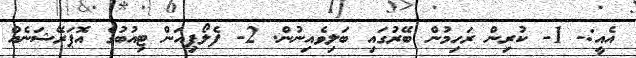
އެއީ:- 1- ކުރިން ރަހިމުން ބޭރުގައި ބަލިވެއިނުން. 2- ފެލޯޕިއަން ޓިއުބުގެ އޮޕަރޭޝަނެއް